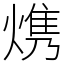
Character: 㷪